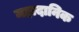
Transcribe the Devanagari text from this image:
महादानिक